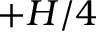
+ H / 4